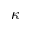
\kappa